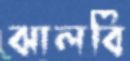
ঝালবি